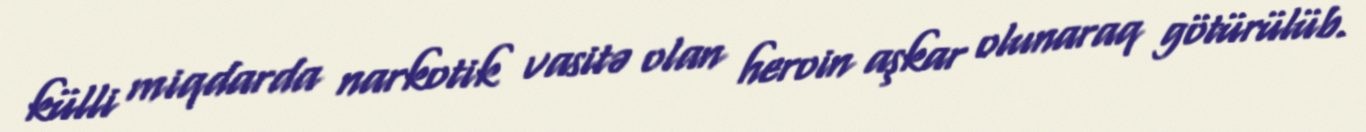
külli miqdarda narkotik vasitə olan heroin aşkar olunaraq götürülüb.